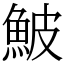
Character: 鮍